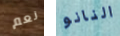
نعم النانو